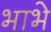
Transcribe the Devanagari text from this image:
भाभे